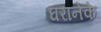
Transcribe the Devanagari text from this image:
घरानेके